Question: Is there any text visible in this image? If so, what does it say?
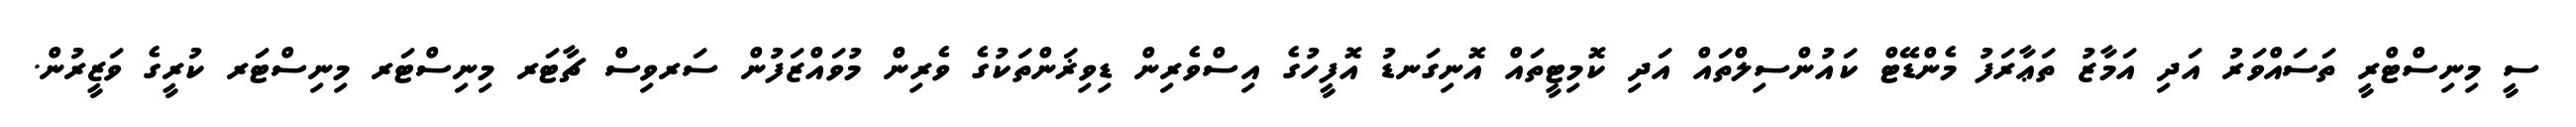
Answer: ސީ މިނިސްޓްރީ ތަސައްވަރު އަދި އަމާޒު ތަޢާރަފު މެންޑޭޓް ކައުންސިލްތައް އަދި ކޮމިޓީތައް އޮނިގަނޑު އޮފީހުގެ އިސްވެރިން ޑިވިޜަންތަކުގެ ވެރިން މުވައްޒަފުން ސަރވިސް ޗާޓަރ މިނިސްޓަރ މިނިސްޓަރ ކުރީގެ ވަޒީރުން.